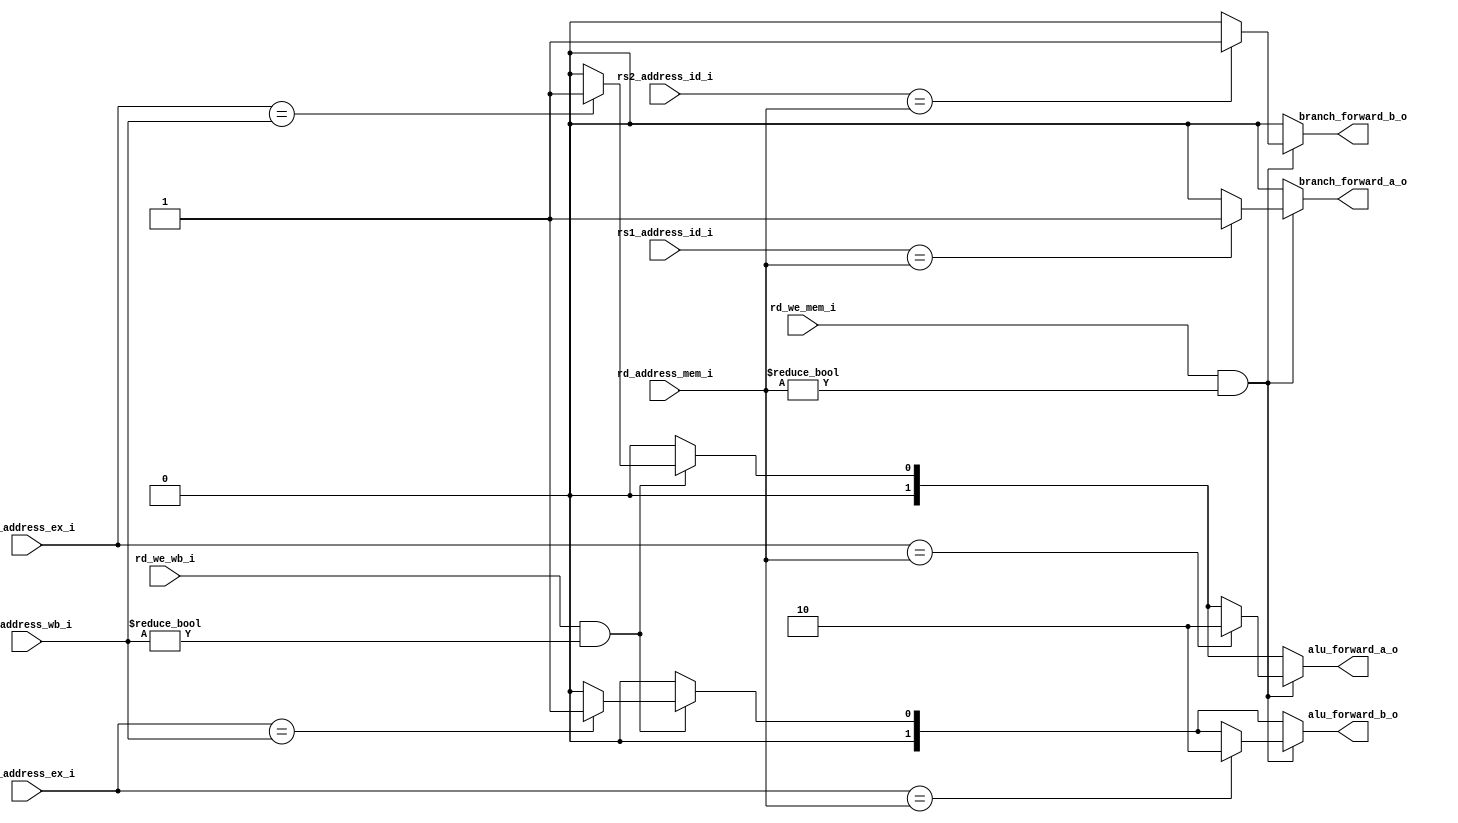
module forwarding_unit(

    // signals from ID phaes 
    input wire[4:0] rs1_address_id_i,
    input wire[4:0] rs2_address_id_i,

    // signals from EX phase 
    input wire[4:0] rs1_address_ex_i,
    input wire[4:0] rs2_address_ex_i,

    // signals from MEM phase 
    input wire rd_we_mem_i,
    input wire[4:0] rd_address_mem_i,

    // signals from WB phase
    input wire rd_we_wb_i,
    input wire[4:0] rd_address_wb_i,

    // control signals for ALU input selection MUXes
    output wire[1:0] alu_forward_a_o,
    output wire[1:0] alu_forward_b_o,

    // signals for controling conditional branches
    output wire branch_forward_a_o,
    output wire branch_forward_b_o
);
    
    reg [1:0] alu_forward_a_s;
    reg [1:0] alu_forward_b_s;
    reg branch_forward_a_s;
    reg branch_forward_b_s;
    
    assign alu_forward_a_o = alu_forward_a_s;
    assign alu_forward_b_o = alu_forward_b_s;
    assign branch_forward_a_o = branch_forward_a_s;
    assign branch_forward_b_o = branch_forward_b_s;
    
    // Forwarding to alu
    always @*
    begin
        alu_forward_a_s = 2'b00;
        alu_forward_b_s = 2'b00;
    
        if (rd_we_wb_i && rd_address_wb_i != 5'b0) begin
            if (rs1_address_ex_i == rd_address_wb_i) begin
                alu_forward_a_s = 2'b01;
            end
            
            if (rs2_address_ex_i == rd_address_wb_i) begin
                alu_forward_b_s = 2'b01;
            end
        end
        
        if (rd_we_mem_i && rd_address_mem_i != 5'b0) begin
            if (rs1_address_ex_i == rd_address_mem_i) begin
                alu_forward_a_s = 2'b10;
            end
            
            if (rs2_address_ex_i == rd_address_mem_i) begin
                alu_forward_b_s = 2'b10;
            end
        end
    end
    
    // Forwarding to branch muxes
    always @*
    begin
        branch_forward_a_s = 1'b0;
        branch_forward_b_s = 1'b0;
    
        if (rd_we_mem_i && rd_address_mem_i != 5'b0) begin
            if (rs1_address_id_i == rd_address_mem_i) begin
                branch_forward_a_s = 1'b1;
            end
            
            if (rs2_address_id_i == rd_address_mem_i) begin
                branch_forward_b_s = 1'b1;
            end
        end
    end
endmodule